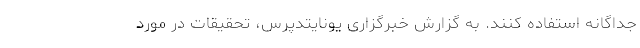
جداگانه استفاده کنند. به گزارش خبرگزاری یونایتدپرس، تحقیقات در مورد